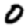
Digit: 0